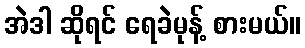
အဲဒါ ဆိုရင် ရေခဲမုန့် စားမယ်။